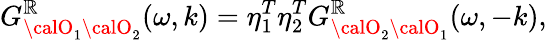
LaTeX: G_{{\calO}_{1}{\calO}_{2}}^{\mathbb{R}}(\omega,k)=\eta_{1}^{T}\eta_{2}^{T}G_{{\calO}_{2}{\calO}_{1}}^{\mathbb{R}}(\omega,-k),